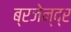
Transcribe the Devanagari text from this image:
ब्रजेन्‍द्र